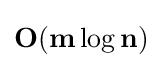
\mathbf {O} (\mathbf {m} \log {\mathbf {n} })